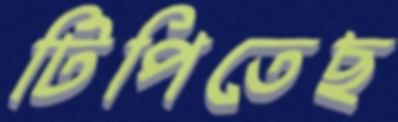
টিপিতেছ